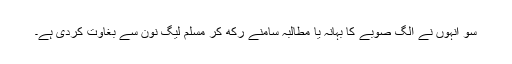
سو انہوں نے الگ صوبے کا بہانہ یا مطالبہ سامنے رکھ کر مسلم لیگ نون سے بغاوت کردی ہے۔